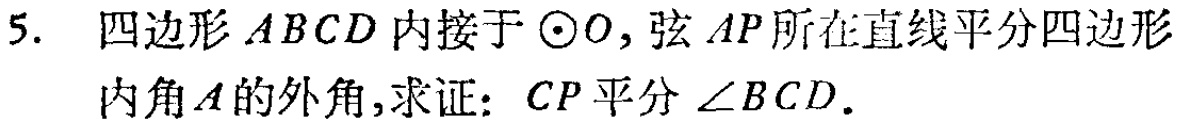
5. 四边形 \(ABCD\) 内接于 \(\odot O\)，弦 \(AP\) 所在直线平分四边形内角 \(A\) 的外角，求证：\(CP\) 平分 \(\angle BCD\)。